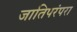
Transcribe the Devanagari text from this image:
जातिपरंपरा